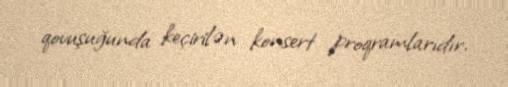
qovuşuğunda keçirilən konsert proqramlarıdır.